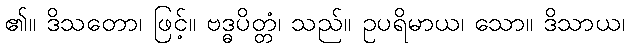
၏။ ဒိသတော၊ ဖြင့်။ ဗဒ္ဓပိတ္တံ၊ သည်။ ဥပရိမာယ၊ သော။ ဒိသာယ၊